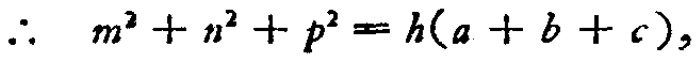
\(\therefore\ m^{2}+n^{2}+p^{2}=h(a + b + c),\)